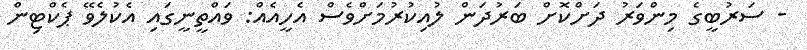
- ސަރުބީގެ މިންވަރު ދަށްކޮށް ބަރުދަން ލުއިކުރުމަށްވެސް އެހީއެއް: ވައްތީނީގައި އެކުލެވޭ ޕެކްޓިން